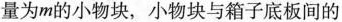
量为m的小物块，小物块与箱子底板间的